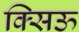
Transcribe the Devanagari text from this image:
क्सिऊ